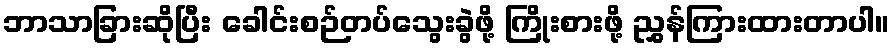
ဘာသာခြားဆိုပြီး ခေါင်းစဉ်တပ်သွေးခွဲဖို့ ကြိုးစားဖို့ ညွှန်ကြားထားတာပါ။